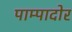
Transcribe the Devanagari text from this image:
पाम्पादोर